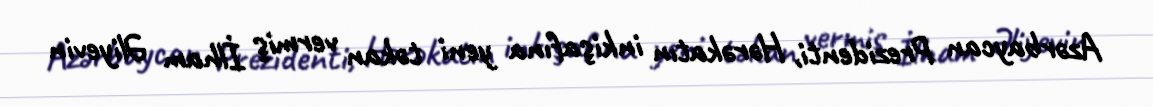
Azərbaycan Prezidenti, Hərəkatın inkişafına yeni təkan vermiş İlham Əliyevin